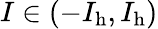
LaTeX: I\in(-I_{\mathrm{h}},I_{\mathrm{h}})